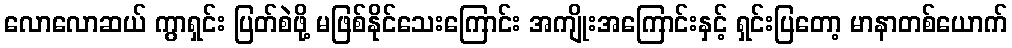
လောလောဆယ် ကွာရှင်း ပြတ်စဲဖို့ မဖြစ်နိုင်သေးကြောင်း အကျိုးအကြောင်းနှင့် ရှင်းပြတော့ မာနာတစ်ယောက်